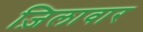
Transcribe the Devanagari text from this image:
ज़िलावार